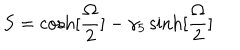
S = \cosh [ { \frac { \Omega } { 2 } } ] - \gamma _ { 5 } \sinh [ { \frac { \Omega } { 2 } } ]